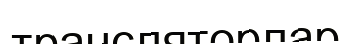
трансляторлар